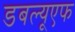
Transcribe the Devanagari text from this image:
डबल्यूएफ